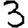
Digit: 3